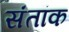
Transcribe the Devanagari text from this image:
संतांक